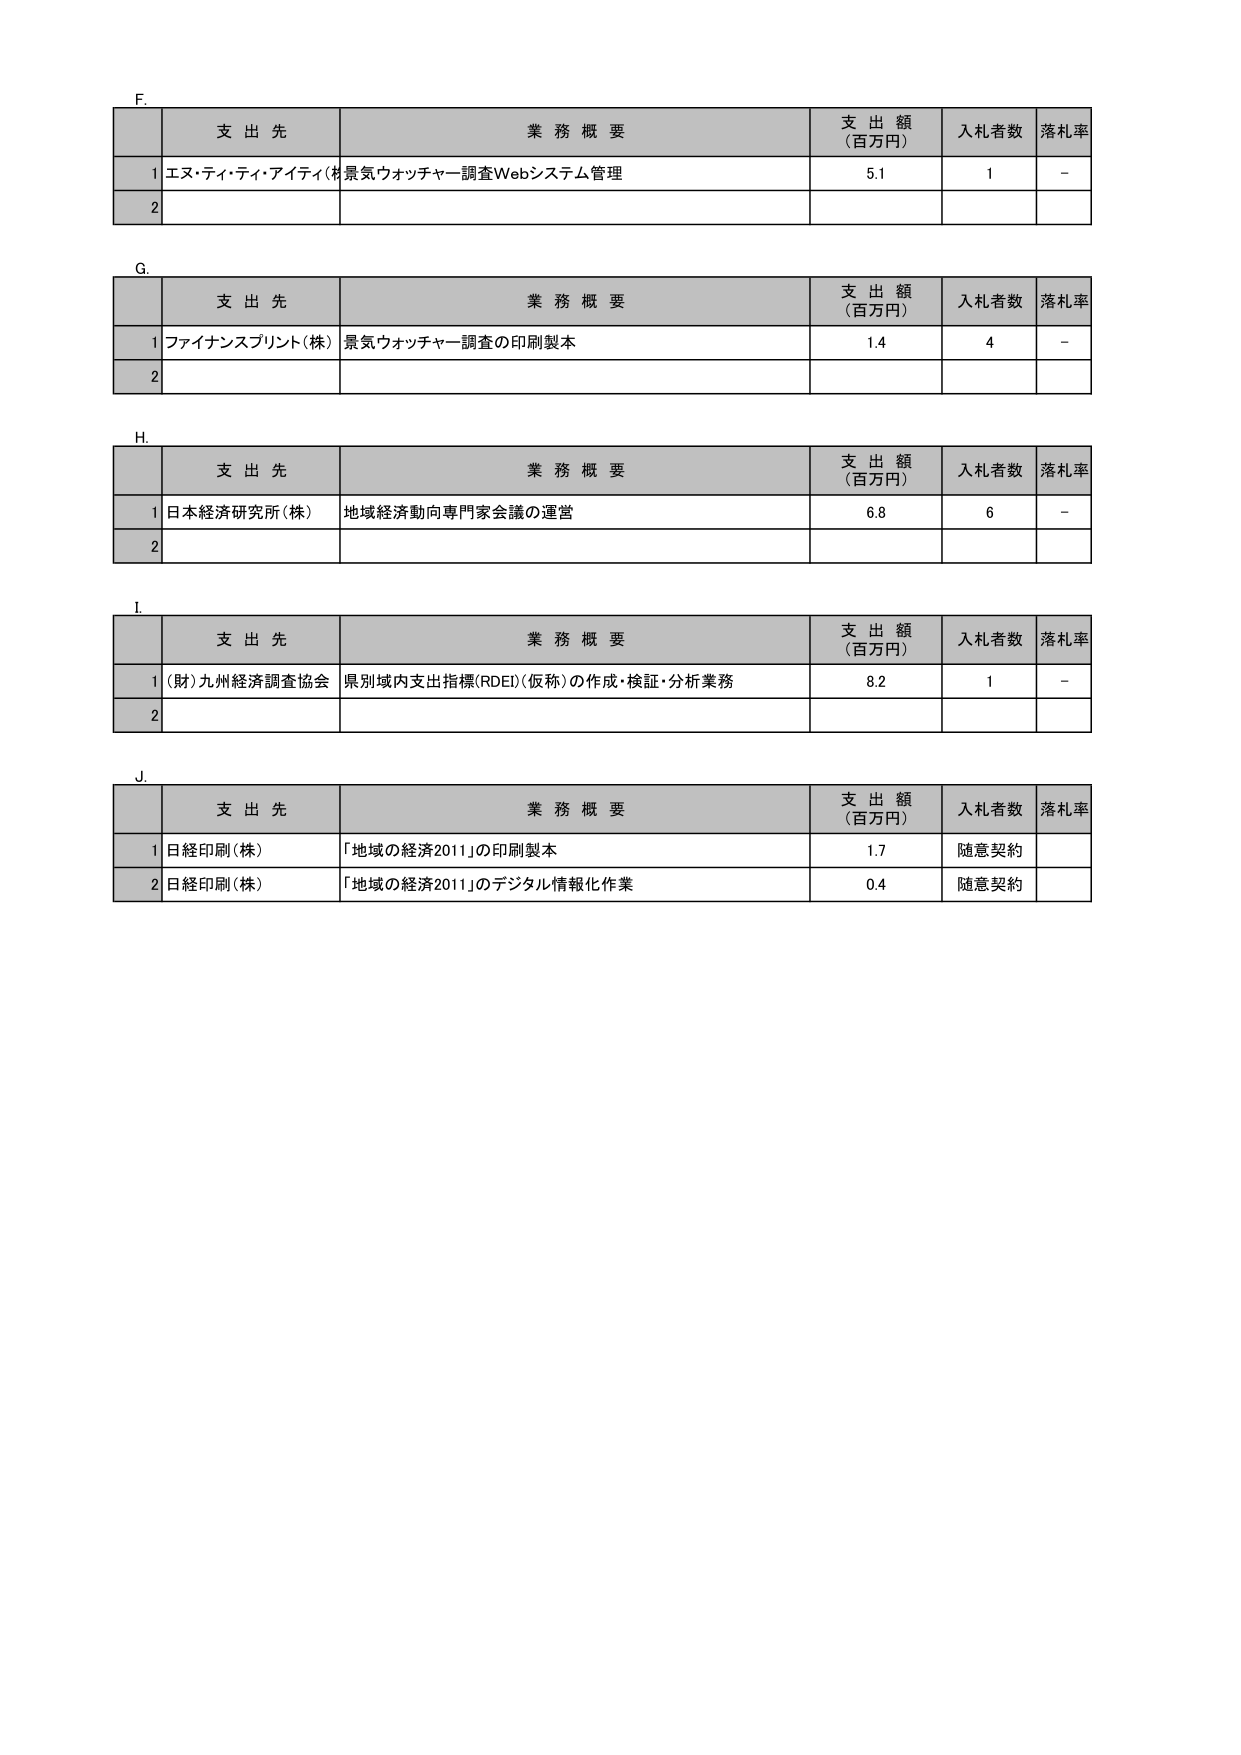
F.
支 出 先 業 務 概 要 支 出 額 （百万円） 入札者数 落札率
1 エヌ・ティ・ティ・アイティ(株) 景気ウォッチャー調査Webシステム管理 5.1 1 -
2

G.
支 出 先 業 務 概 要 支 出 額 （百万円） 入札者数 落札率
1 ファイナンスプリント(株) 景気ウォッチャー調査の印刷製本 1.4 4 -
2

H.
支 出 先 業 務 概 要 支 出 額 （百万円） 入札者数 落札率
1 日本経済研究所(株) 地域経済動向専門家会議の運営 6.8 6 -
2

I.
支 出 先 業 務 概 要 支 出 額 （百万円） 入札者数 落札率
1 (財)九州経済調査協会 県別域内支出指標(RDEI)(仮称)の作成・検証・分析業務 8.2 1 -
2

J.
支 出 先 業 務 概 要 支 出 額 （百万円） 入札者数 落札率
1 日経印刷(株) 「地域の経済2011」の印刷製本 1.7 随意契約
2 日経印刷(株) 「地域の経済2011」のデジタル情報化作業 0.4 随意契約